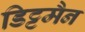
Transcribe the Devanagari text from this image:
डिट्टमैन